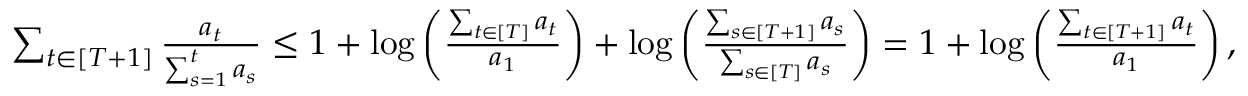
\begin{array} { r } { \sum _ { t \in [ T + 1 ] } \frac { a _ { t } } { \sum _ { s = 1 } ^ { t } a _ { s } } \leq 1 + \log \left( \frac { \sum _ { t \in [ T ] } a _ { t } } { a _ { 1 } } \right) + \log \left( \frac { \sum _ { s \in [ T + 1 ] } a _ { s } } { \sum _ { s \in [ T ] } a _ { s } } \right) = 1 + \log \left( \frac { \sum _ { t \in [ T + 1 ] } a _ { t } } { a _ { 1 } } \right) , } \end{array}